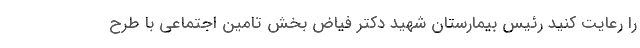
را رعایت کنید رئیس بیمارستان شهید دکتر فیاض بخش تامین اجتماعی با طرح